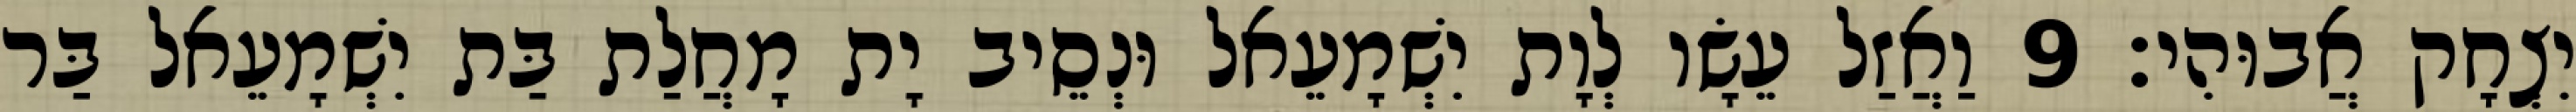
יִצְחָק אֲבוּהִי׃ 9 וַאֲזַל עֵשָׂו לְוָת יִשְׁמָעֵאל וּנְסֵיב יָת מָחֲלַת בַּת יִשְׁמָעֵאל בַּר